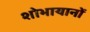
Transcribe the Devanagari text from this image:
शोभायानों